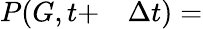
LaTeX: \begin{array}{rl}{P(G,t+}&{{}\Delta t)=}\end{array}